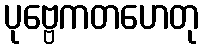
ပုဗ္ဗေကတဟေတု